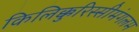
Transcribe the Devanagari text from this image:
किलिक्कुरिस्सीमंगलम